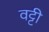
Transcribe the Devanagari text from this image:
वट्टी